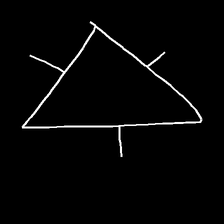
Glyph: fire